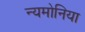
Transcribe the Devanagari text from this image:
न्यमोनिया